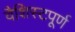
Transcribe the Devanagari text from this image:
वैशिस्टपूर्ण